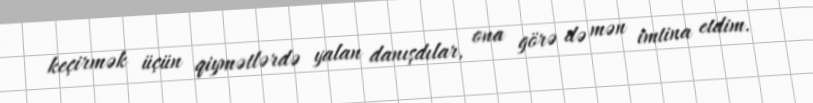
keçirmək üçün qiymətlərdə yalan danışdılar, ona görə də mən imtina etdim.